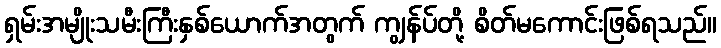
ရှမ်းအမျိုးသမီးကြီးနှစ်ယောက်အတွက် ကျွန်ပ်တို့ စိတ်မကောင်းဖြစ်ရသည်။